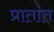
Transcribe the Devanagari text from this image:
प्रातांत